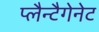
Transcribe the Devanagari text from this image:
प्लैन्टैगेनेट